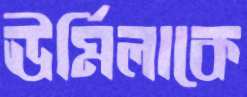
ঊর্মিলাকে